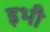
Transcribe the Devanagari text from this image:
इभी